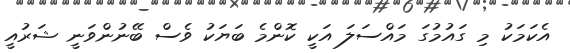
އެކަމަކު މި ގައުމުގަ މައްސަލަ އަކީ ކޮންމެ ބަޔަކު ވެސް ބޭނުންވަނީ ޝަރުއީ